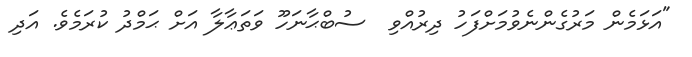
"އަޅަމެން މަރުގެންނެވުމަށްފަހު ދިރުއްވި  ސުބްޙާނަހޫ ވަތަޢާލާ އަށް ޙަމްދު ކުރަމެވެ. އަދި